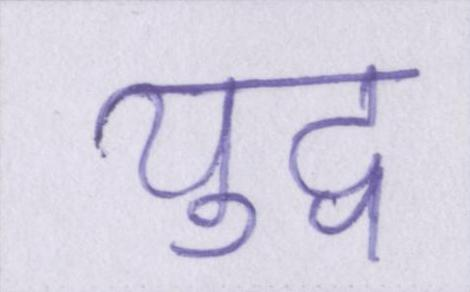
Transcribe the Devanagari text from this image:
युद्व